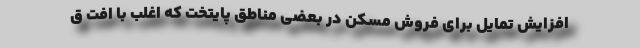
افزایش تمایل برای فروش مسکن در بعضی مناطق پایتخت که اغلب با افت ق